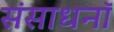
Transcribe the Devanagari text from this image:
संसाधनॉ